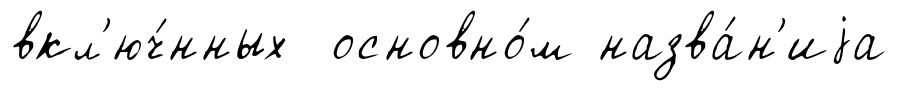
вкл'юч́нных основно́м назва́н'иjа